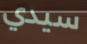
سيدي